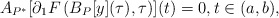
\begin{align*}A_{P^*}[\partial_1 F\left(B_P[y](\tau),\tau\right)](t)=0,t\in (a,b),\end{align*}